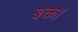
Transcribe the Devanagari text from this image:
बक।